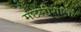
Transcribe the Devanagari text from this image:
मछलीशाला